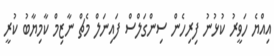
އިއްޔެ ހަވީރު ކުޅުނު ފިރިހެން ސިންގަލްސް ފައިނަލް މެޗް ނާޒިމް ކާމިޔާބު ކުރީ